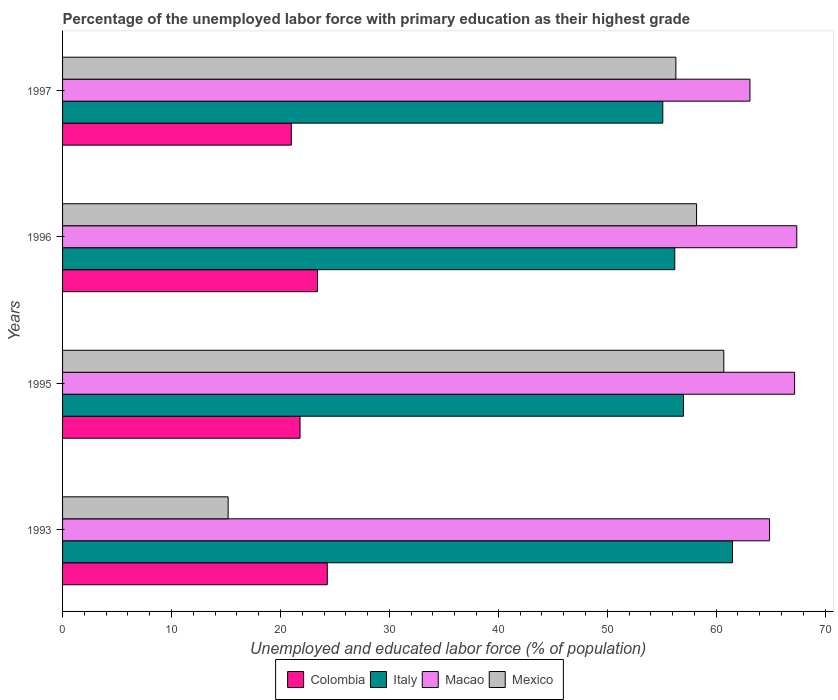
| Years | Colombia | Italy | Macao | Mexico |
 | --- | --- | --- | --- | --- |
 | 1993 | 24.3 | 61.5 | 64.9 | 15.2 |
 | 1995 | 21.8 | 57 | 67.2 | 60.7 |
 | 1996 | 23.4 | 56.2 | 67.4 | 58.2 |
 | 1997 | 21 | 55.1 | 63.1 | 56.3 |